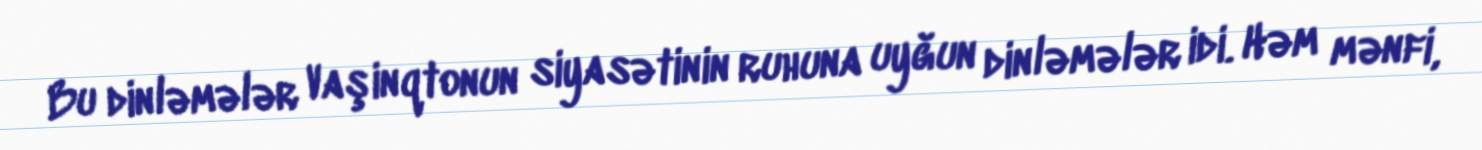
Bu dinləmələr Vaşinqtonun siyasətinin ruhuna uyğun dinləmələr idi. Həm mənfi,